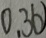
0 . 3 6